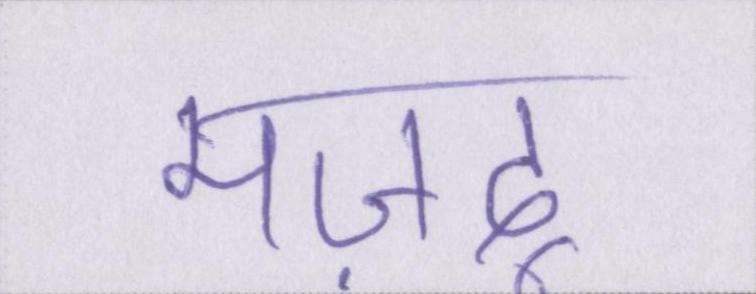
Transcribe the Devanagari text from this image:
मज़दूर